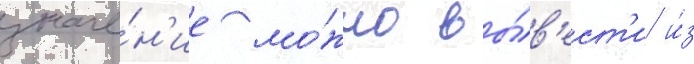
значе́н'ие мо́жно вы́в'ест'и и́з